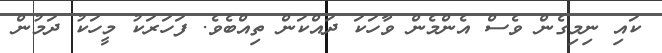
ކައި ނިމިގެން ވެސް އެންމެން ވާހަކަ ދައްކަން ތިއްބެވެ. ފަހަރަކު މީހަކު ދަމުން